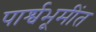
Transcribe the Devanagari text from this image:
पार्श्वभूमींत